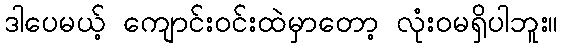
ဒါပေမယ့် ကျောင်းဝင်းထဲမှာတော့ လုံးဝမရှိပါဘူး။